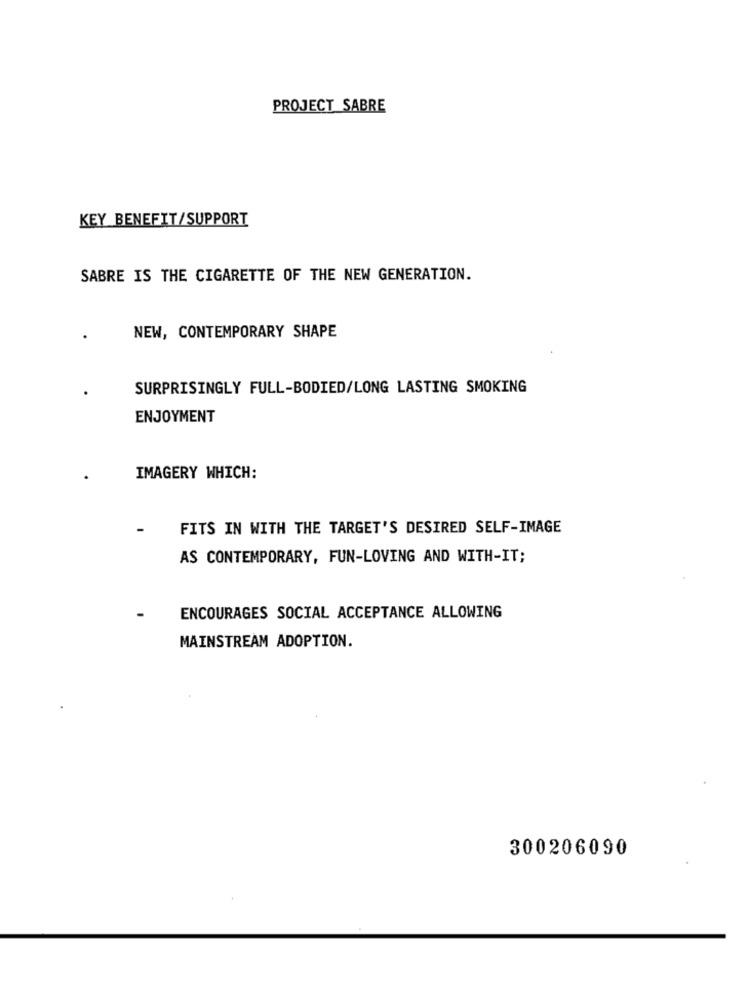
PROJECT SABRE
KEY BENEFIT/SUPPORT
SABRE IS THE CIGARETTE OF THE NEW GENERATION.
NEW, CONTEMPORARY SHAPE
SURPRISINGLY FULL-BODIED/LONG LASTING SMOKING
ENJOYMENT
IMAGERY WHICH:
FITS IN WITH THE TARGET'S DESIRED SELF-IMAGE
AS CONTEMPORARY, FUN-LOVING AND WITH-IT;
ENCOURAGES SOCIAL ACCEPTANCE ALLOWING
MAINSTREAM ADOPTION.
300206090